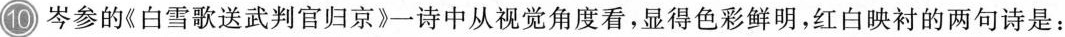
10 岑参的《白雪歌送武判官归京》一诗中从视觉角度看，显得色彩鲜明，红白映衬的两句诗是：